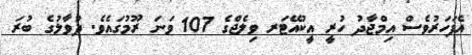
އެފަހަރުވެސް އިމްޖާދު ހުރީ އީކުއޭޓަރ ވިލެޖްގެ 107 ވަނަ ރޫމުގައެވެ. ދުވާލުގެ ބުރަ